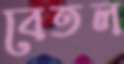
বেতল